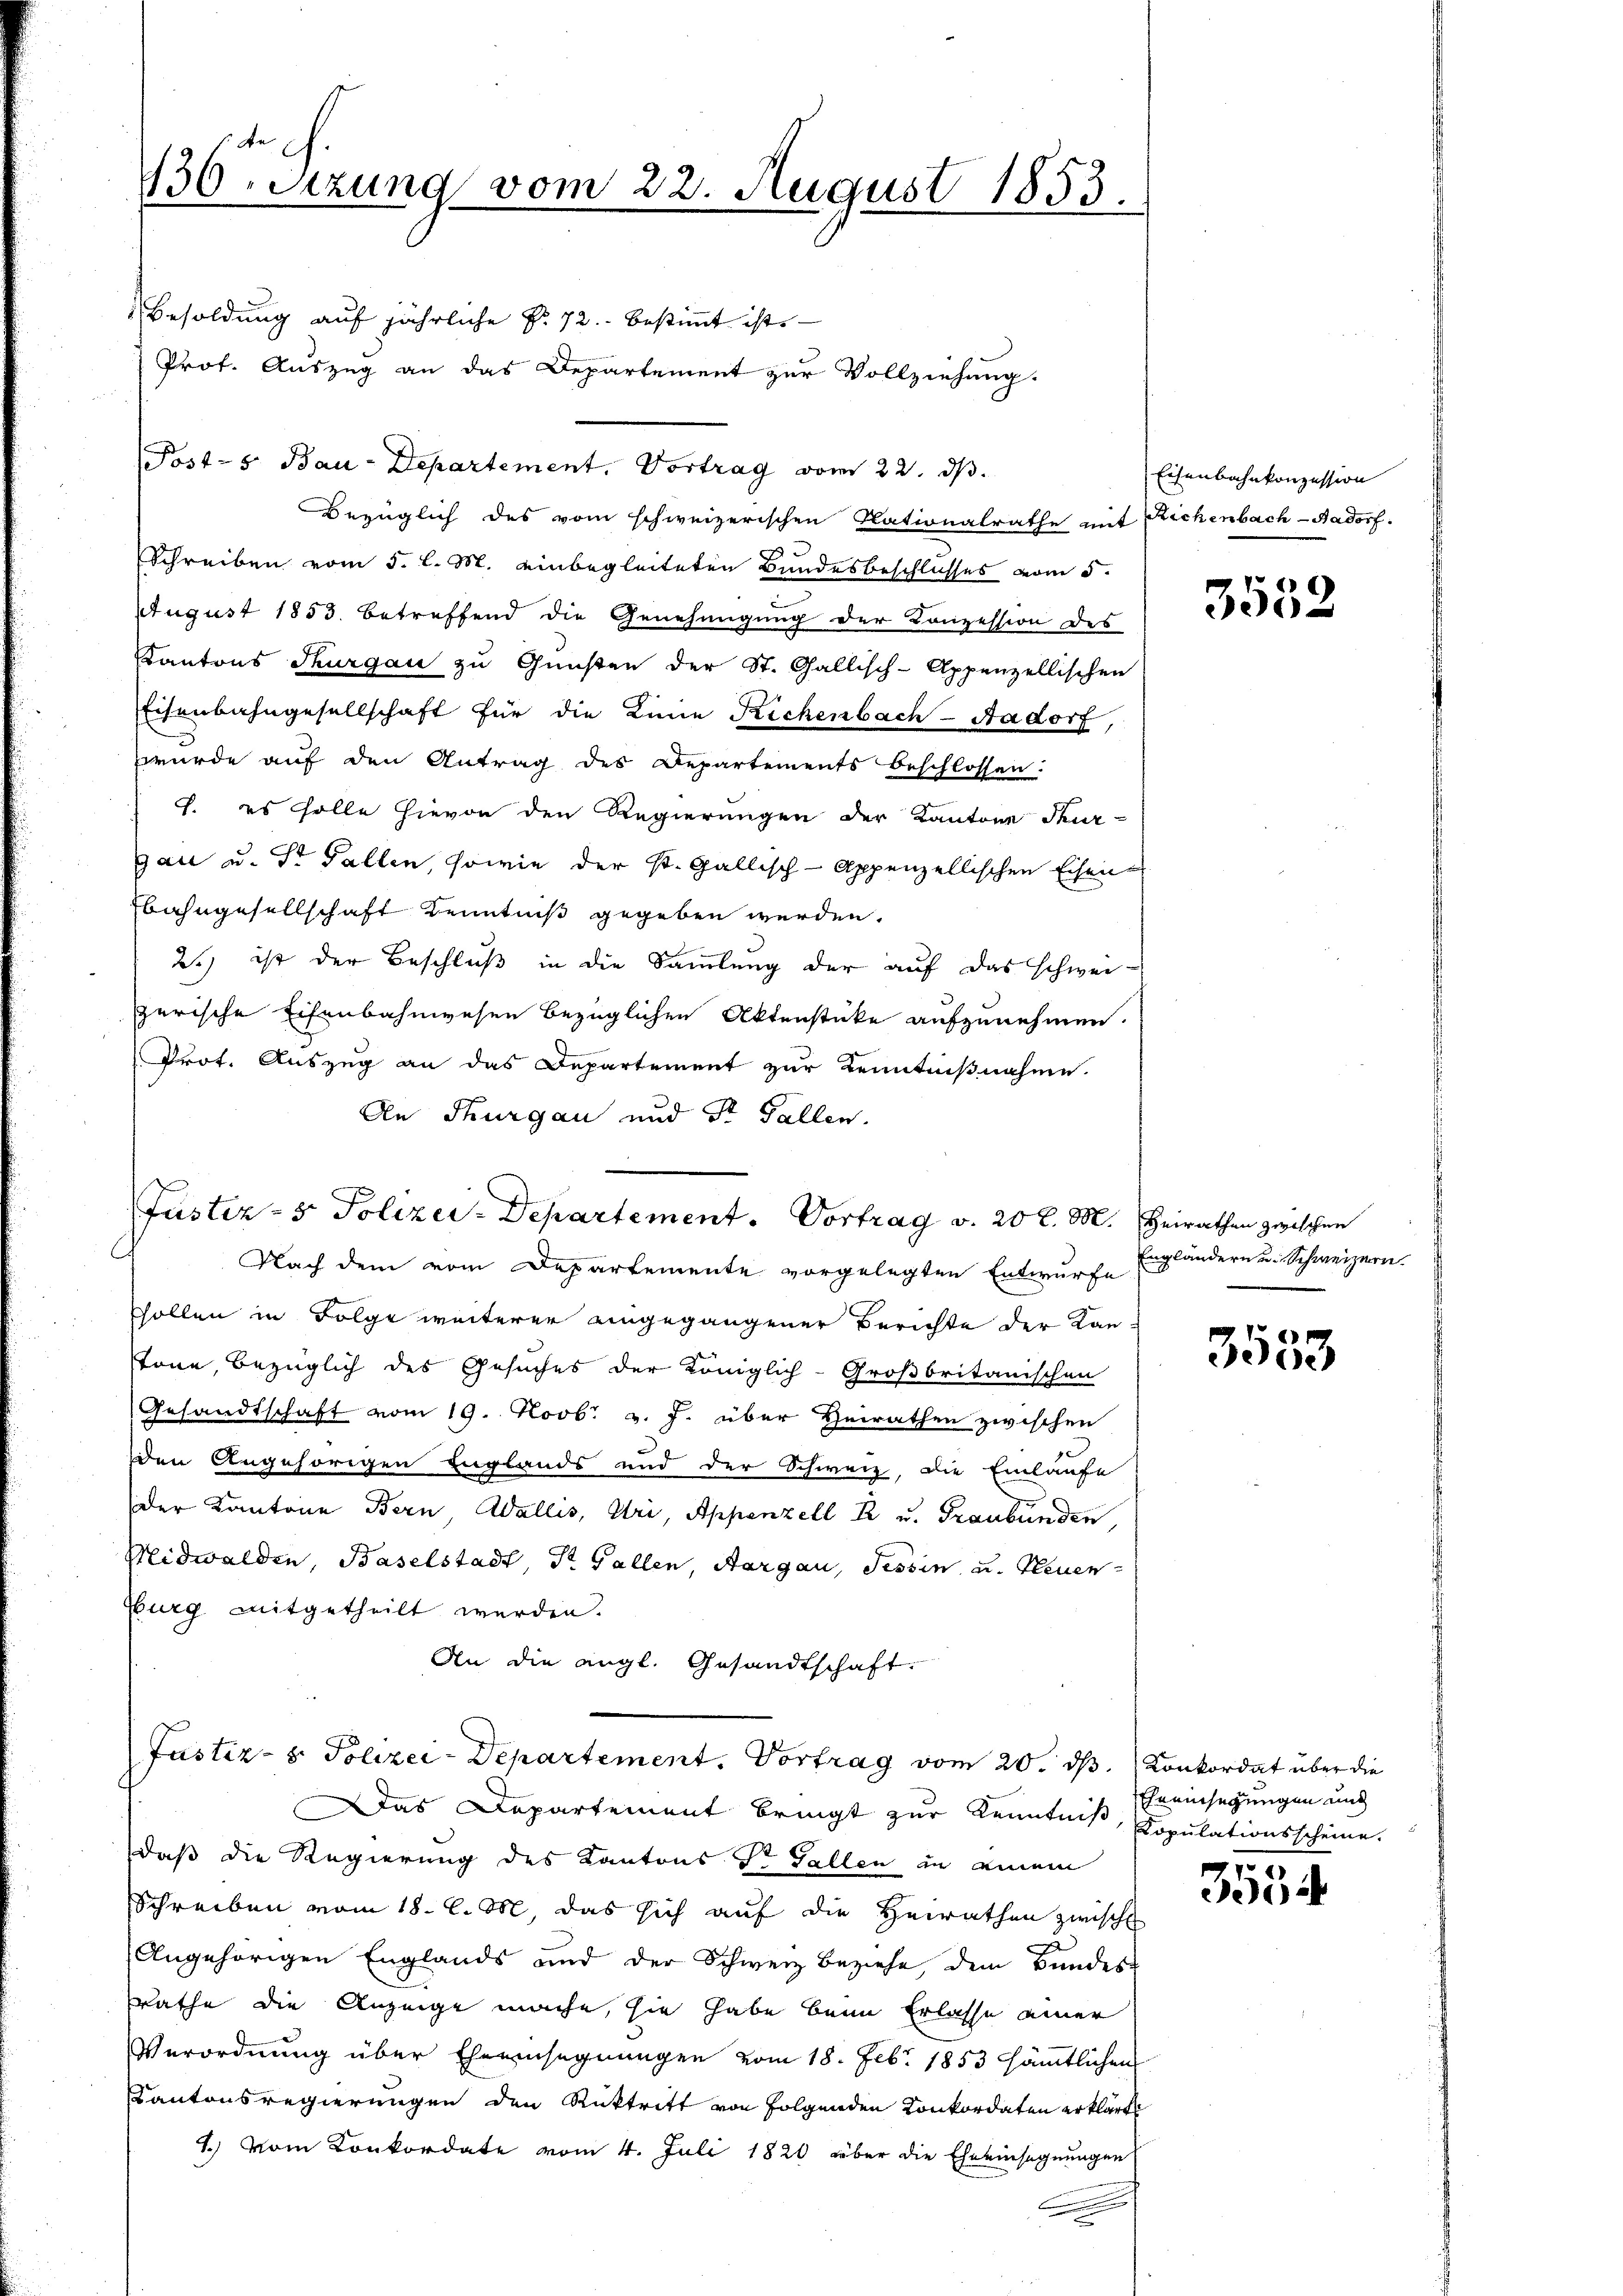
be
136 Stzung vom 22. August 1853.

Besoldung auf jährliche Nr. 72. bestimmt ist. —
Prof. Auszug an das Departement zur Vollziehung.
Post- s. Bau-Departement. Vortrag vom 22. dβ.
Bezüglich des vom schweizerischen Nationalrathe mit Richenbach-Aadorf.
Schreiben vom 5. l. M. einbegleiteten Bundesbeschlusses vom 5.
August 1853 betreffend die Genehmigung der Konzession des
Kantons Thurgau zu Gunsten der St. Gallisch-Appenzellischen
Eisenbahngesellschaft für die Linie Richenbach-Aadorf,
wurde auf den Antrag des Departements beschlossen:
7. es solle hievon den Regierungen der Kantone Thur-
gau u. St. Gallen, sowie der St. Gallisch-Appenzellischen Eisen
bahngesellschaft Kenntniß gegeben werden.
2) ist der Beschluß in die Sammlung der auf das schwei-
zerische Eisenbahnwesen bezüglichen Aktenstücke aufzunehmen.
Prot. Auszug an das Departement zur Kenntnißnahme.
An Thurgau und St. Gallen.
Nach dem vom Departemente vorgelegten Entwurfe
sollen in Folge weiterer eingegangener Berichte der Kan
töne, bezüglich des Gesuches der Königlich-Großbritanischen
Gesandtschaft vom 19. Novb. v. J. über Heirathen zwischen
den Angehörigen Englands und der Schweiz, die Einlaufe
der Kantone Bern, Wallis, Uri, Appenzell R. u. Graubünden
Midwalden, Baselstadt, Dr. Gallen, Aargau, Tessin, u. Neuen-
burg mitgetheilt werden.
An die angl. Gesandtschaft.
Justiz- & Polizei-Departement. Vortrag vom 20. ds. Konkordat über die
as Departement bringt zur Kenntniß, Copulationsscheine.
daß die Regierung des Kantons Sr. Fallen in einem
Schreiben vom 18. d. M, das sich auf die Heirathen zwische
Angehörigen Englands und der Schweiz Beziehe, dem Bundes
Rathe die Anzeige mache, sie habe beim Erlasse einer
Verordnung über Eheeinsegnungen vom 18. Febr. 1853 sämmtlichen
KKantonsregierungen den Rücktritt von Folgenden Konkordaten erklärt
1.) Vom Konkordate vom 4. Juli 1820 über die Eheeinsegnungen

Justiz- & Polizei-Departement. Vortrag v. 20 l. M. Heirathen zwischen

Eisenbahnkonzession

3552

Engländern u. Schweizern

3533

Eheeinsegungen und

77
054